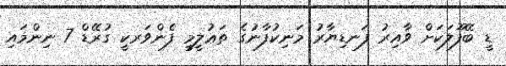
ޑީ ބޭފޫލަކަށް ވާއިރު ފަނޑިޔާރު މަނިކުފާނުގެ ތަޢުލީމީ ފެންވަރކީ ގުރޭޑް 7 ނިންމައި